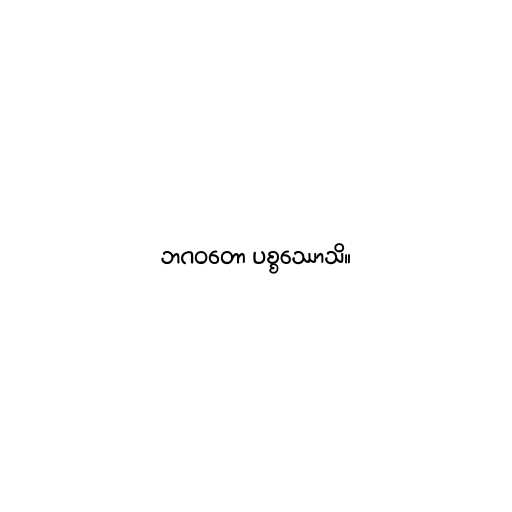
ဘဂဝတော ပစ္စဿောသိ။